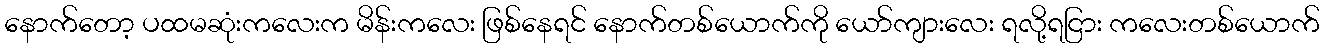
နောက်တော့ ပထမဆုံးကလေးက မိန်းကလေး ဖြစ်နေရင် နောက်တစ်ယောက်ကို ယော်ကျားလေး ရလို့ရငြား ကလေးတစ်ယောက်